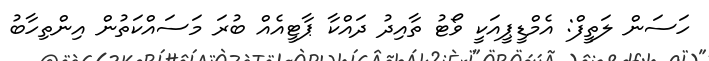
ހަސަން ލަތީފް: އެމްޑީޕީއަކީ ވޯޓު ތާއިދު ދައްކާ ޕާޓީއެއް ބުރަ މަސައްކަތުން އިންތިހާބު